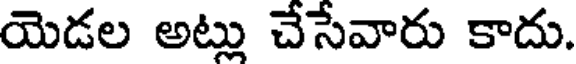
యెడల అట్లు చేసేవారు కాదు.